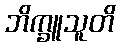
ဘိက္ခူသူတိ